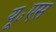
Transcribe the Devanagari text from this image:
यू॰एस